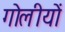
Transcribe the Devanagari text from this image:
गोलीयों